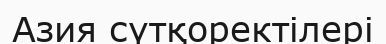
Азия сүтқоректілері